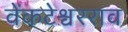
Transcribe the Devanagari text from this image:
वेंकटेश्वरराव